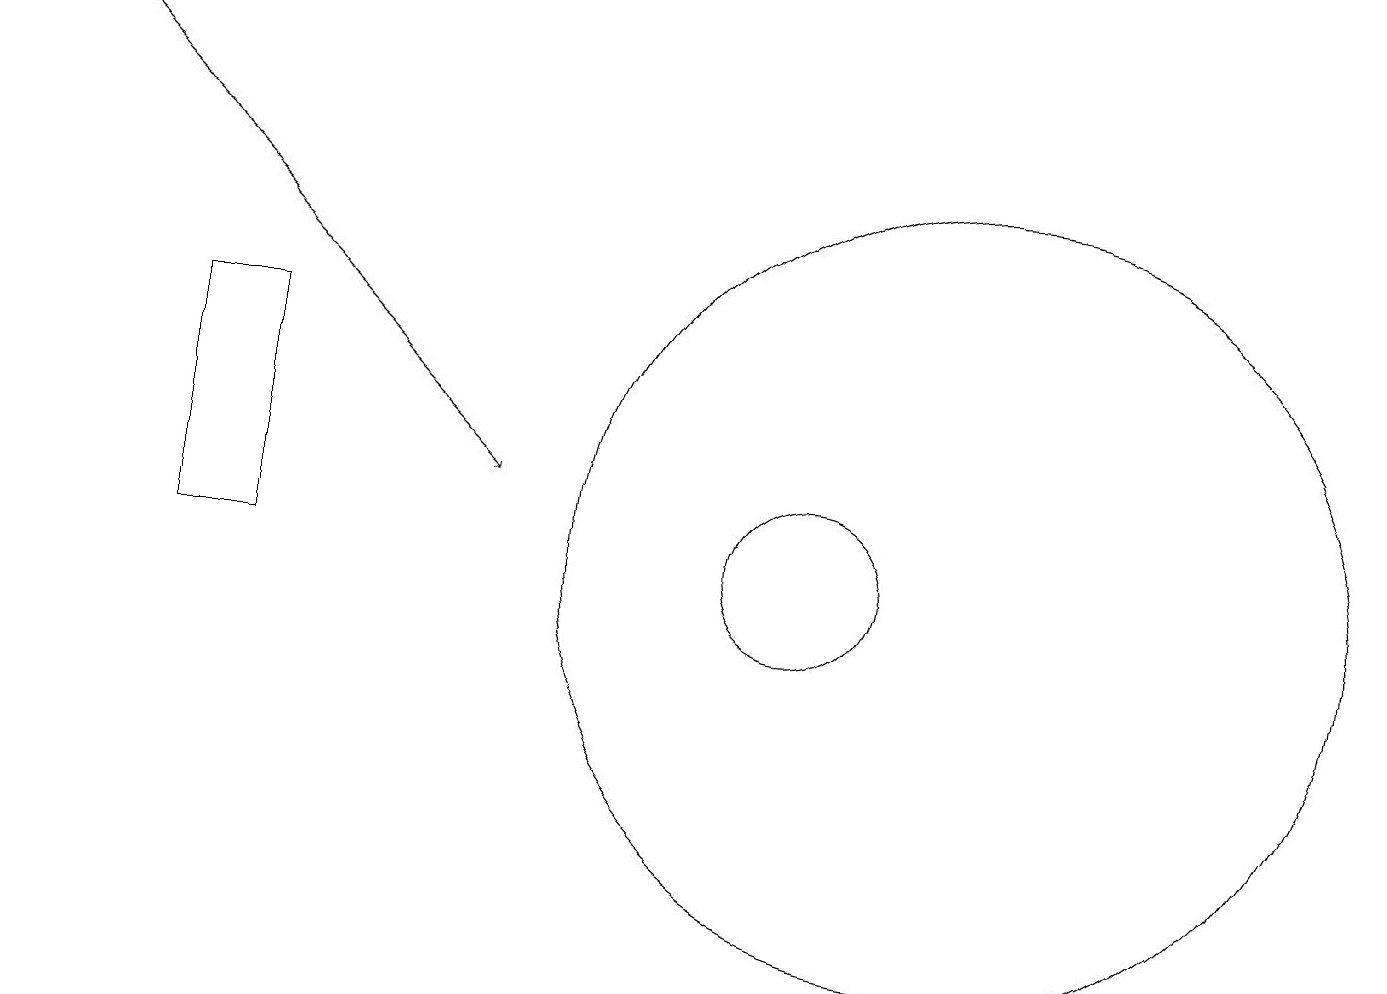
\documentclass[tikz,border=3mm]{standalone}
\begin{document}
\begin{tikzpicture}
\draw[->] (0,17) -- (6,11);
\draw (12,10) circle (5);
\draw (2,10) rectangle (3,13);
\draw (10,10) circle (1);
\draw (10,12) circle (0);
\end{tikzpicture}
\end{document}